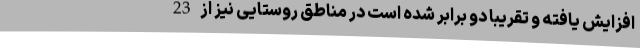
افزایش یافته و تقریباً دو برابر شده است در مناطق روستایی نیز از 23